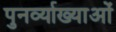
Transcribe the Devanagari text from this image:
पुनर्व्याख्याओं